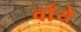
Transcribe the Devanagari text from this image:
वाँये